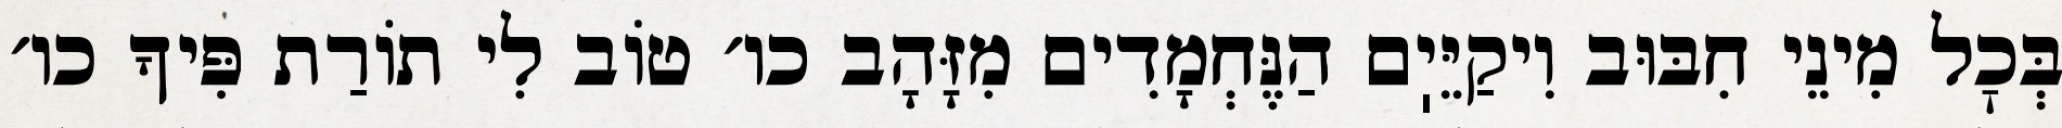
בְּכׇל מִינֵי חִבּוּב וִיקַיֵּיֽם הַנֶּחְמָדִים מִזָּהָב כו׳ טוֹב לִי תוֹרַת פִּיךָ כו׳